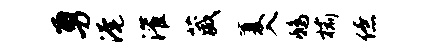
勇淹灌葳厦入鸱榆僚